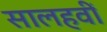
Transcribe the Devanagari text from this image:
सालहवीं